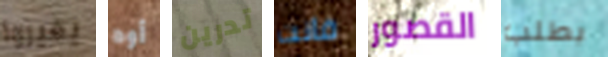
يغيروا أوه تدرين فانت القصور بطلب